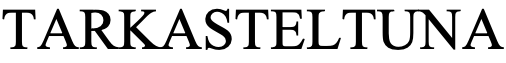
TARKASTELTUNA